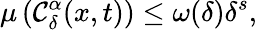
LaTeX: \mu\left(\mathcal{C}_{\delta}^{\alpha}(x,t)\right)\leq\omega(\delta)\delta^{s},